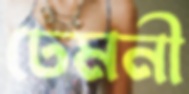
ঢেমনী